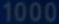
1000